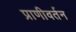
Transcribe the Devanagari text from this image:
प्राणीवर्तन